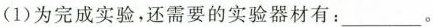
(1)为完成实验，还需要的实验器材有：___。